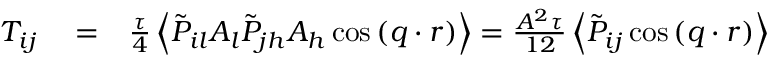
\begin{array} { r l r } { T _ { i j } } & { { } = } & { \frac { \tau } { 4 } \left\langle \tilde { P } _ { i l } A _ { l } \tilde { P } _ { j h } A _ { h } \cos { ( \boldsymbol { q } \cdot \boldsymbol { r } ) } \right\rangle = \frac { A ^ { 2 } \tau } { 1 2 } \left\langle \tilde { P } _ { i j } \cos { ( \boldsymbol { q } \cdot \boldsymbol { r } ) } \right\rangle } \end{array}